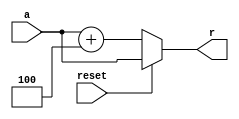
`timescale 1ns / 1ps
module npc(
    input [31:0] a,
    input reset,
    output [31:0] r
    );
    assign r = (reset==1)? a : a+4;
endmodule